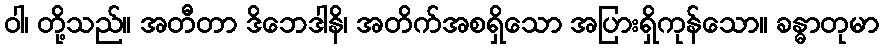
ဝါ၊ တို့သည်။ အတီတာ ဒိဘေဒါနိ၊ အတိက်အစရှိသော အပြားရှိကုန်သော။ ခန္ဓာတုမာ